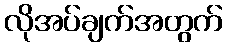
လိုအပ်ချက်အတွက်